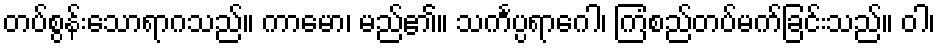
တပ်စွန်းသောရာဂသည်။ ကာမော၊ မည်၏။ သင်္ကပ္ပရာဂေါ၊ ကြံစည်တပ်မက်ခြင်းသည်။ ဝါ၊